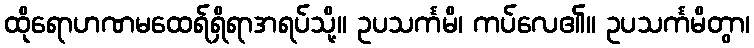
ထိုရောဟဏမထေရ်ရှိရာအရပ်သို့။ ဥပသင်္ကမိ၊ ကပ်လေ၏။ ဥပသင်္ကမိတွာ၊